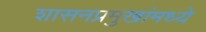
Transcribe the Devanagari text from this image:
शासनप्रमुखांमध्ये